Vaccination in Bombay 1913-1923 - 1913-1923
Year: 1913
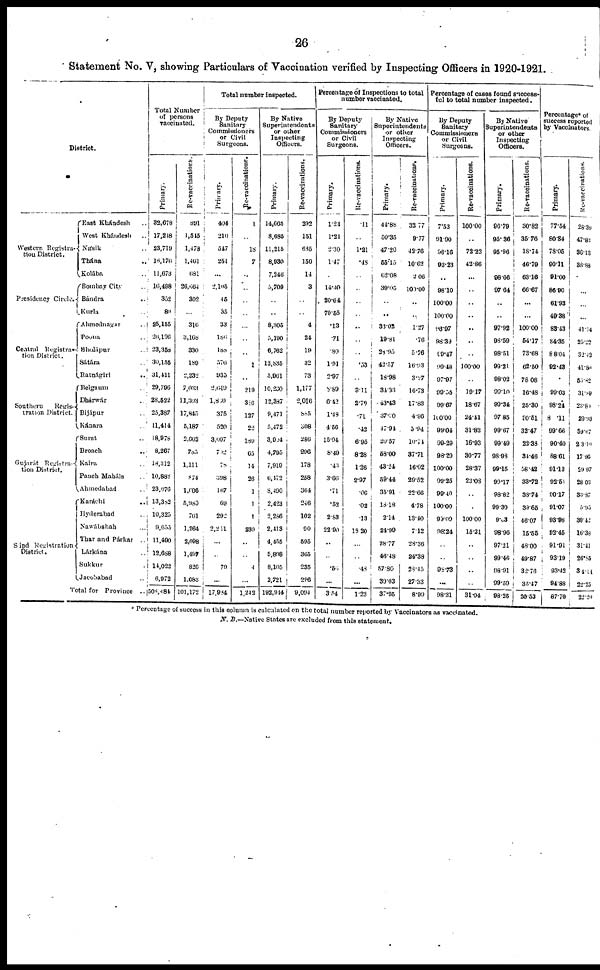
26
Statement No. V, showing Particulars of Vaccination verified by Inspecting Officers in 1920-1921.
District.
Western Registra-
tion District.
Presidency Circle.
Central Registra-
-ion District.
Southern
Regis-
tration District.
Gujarát Registra-
tion District.
Sind Registration
District.
East Khándesh ..
West Khándesh ..
Násik ...
Thána ..
Kolába ..
Bombay City ..
Bándra ..
Kurla ..
Ahmednagar ..
Poona ..
Sholápur ..
Sátára ..
Ratnágiri
..
Belgaum ..
Dhárwár ..
Bijápur ..
Kánara ..
Surat ..
Broach ..
Kaira ..
Panch Maháls ..
Ahmedabad ..
Karáchi ..
Hyderabad ..
Nawábshah ..
Thar and Párkar ..
Lárkána ..
Sukkur ..
Jacobabad ..
Total for Province ..
Total Number
of persons
vaccinated.
Primary.
32,678
17,248
23,719
16,176
11,673
16,498
352
89
25,155
26,196
23,358
30,155
31,411
29,796
28,522
25,387
11,414
18,978
8,267
18,312
10,888
23,676
13,382
10,325
9,655
11,490
12,688
14,022
6,972
508,484
Re-vaccinations.
891
1,545
1,478
1,461
681
26,664
302
..
316
3,168
330
189
2,232
7,033
11,303
17,845
5,187
2,662
785
1,111
874
1,606
5,980
761
1,264
2,098
1,497
826
1,083
101,172
Total number inspected.
By Deputy
Sanitary
Commissioners
or Civil
Surgeons.
Primary.
404
210
547
251
...
2,105
45
35
33
186
188
576
935
2,649
1,860
375
520
3,097
702
78
398
167
69
292
2,211
..
..
70
...
17,984
Re-vaccinations.
1
...
18
7
...
..
..
..
...
..
..
1
..
219
316
127
22
189
65
14
26
1
1
1
230
..
..
4
...
1,242
By Native
Superintendents
or other
Inspecting
Officers.
Primary.
14,665
8,685
11,215
8,930
7,246
5,709
..
..
8,305
5,190
6,762
12,835
5,961
10,230
12,387
9,471
5,472
3,904
4,795
7,919
6,472
8,490
2,423
2,286
2,413
4,455
5,898
8,105
2,721
192,944
Re-vaccinations.
292
151
635
150
14
3
..
..
4
24
19
82
73
1,177
2,016
885
308
286
296
178
258
364
246
102
90
595
365
235
296
9,094
Percentage of Inspections to total
number vaccinated.
By Deputy
Sanitary
Commissioners
or Civil
Surgeons.
Primary.
1.24
1.21
2.30
1.47
..
14.40
20.64
79.55
.13
.71
.80
1.91
2.97
8.89
6.42
1.48
4.56
15.94
8.49
.43
3.66
.71
.52
2.83
22.90
..
..
.56
...
3.54
Re-vaccinations.
.11
...
1.21
.48
..
..
..
..
..
..
..
.53
..
3.11
2.79
.71
.42
6.95
8.28
1.26
2.97
.06
.02
.13
18.20
..
..
.48
...
1.23
By Native
Superintendents
or other
Inspecting
Officers.
Primary.
44.88
50.35
47.20
55.15
62.08
39.05
..
..
33.02
19.81
28.95
42.57
18.98
34.33
43.43
37.30
47.94
20.57
58.00
43.24
59.44
35.91
18.18
2.14
24.99
38.77
46.48
57.80
39.03
37.95
Re-vaccinations.
33.77
9.77
42.76
10.62
2.06
100.00
..
..
1.27
.76
5.76
16.93
3.27
16.73
17.83
4.96
5.94
10.74
37.71
16.02
29.52
22.66
4.78
13.40
7.12
28.36
24.38
28.45
27.33
8.99
Percentage of cases found success-
ful to total number inspected.
By Deputy
Sanitary
Commissioners
or Civil
Surgeons.
Primary.
7.53
91.90
96.16
93.23
..
98.10
100.00
100.00
96.97
98.39
99.47
99.48
97.97
99.55
99.67
100.00
99.04
99.29
98.29
100.00
99.25
99.40
100.00
99.09
98.24
..
..
98.73
...
98.31
Re-vaccinations.
100.00
...
72.22
42.86
...
..
..
..
..
..
..
100.00
..
19.17
18.67
24.41
31.82
16.93
30.77
28.37
23.08
..
..
100.00
15.21
..
..
..
..
31.04
By Native
Superintendents
or other
Inspecting
Officers.
Primary.
96.79
95.36
95.96
98.66
97.64
..
..
97.92
98.59
98.51
99.21
98.02
99.10
99.34
97.85
99.67
99.49
98.98
99.15
99.17
98.82
99.30
9.03
98.96
97.21
99.46
98.91
99.59
98.25
Re-vaccinations.
30.82
35.76
18.74
46.79
63.16
66.67
...
...
100.00
54.17
73.68
62.50
78.08
16.48
25.30
80.51
32.47
22.38
34.46
58.42
33.72
38.74
39.65
46.07
15.55
48.00
49.87
32.76
35.47
20.53
Percentage* of
success reported
by Vaccinators.
Primary.
77.54
80.84
78.05
90.11
91.00
86.90
61.93
49.38
83.43
84.35
88.04
92.43
..
99.03
98.24
8.11
99.66
90.40
88.61
91.13
92.51
90.17
91.07
93.98
92.45
91.91
93.19
93.42
94.88
87.70
Re-vaccinations.
28.39
47.83
36.18
38.88
..
...
...
..
41.14
25.22
32.42
41.80
55.82
31.89
23.80
29.93
59.67
23.19
17.96
29.97
28.03
33.87
5.95
39.42
16.38
31.41
26.85
34.14
22.25
22.20
* Percentage of success in this column is calculated on the total number reported by Vaccinators as vaccinated.
N. B.—Native States are excluded from this statement.